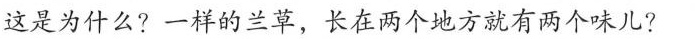
这是为什么?一样的兰草，长22两个地方就有两个味儿?